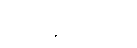
ပယ်ချခဲ့သည်